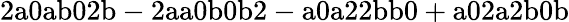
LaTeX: \mathrm{2a0ab02b-2aa0b0b2-a0a22bb0+a02a2b0b}